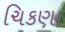
ચિકણા